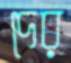
দের